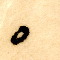
٥